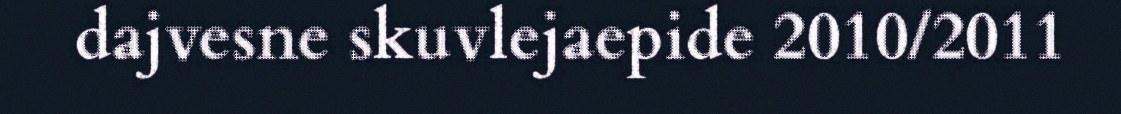
dajvesne skuvlejaepide 2010/2011